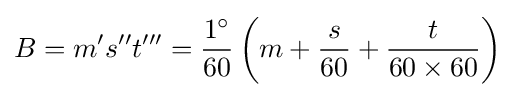
B=m^{\prime }s^{\prime \prime }t^{\prime \prime \prime }={\frac {1^{\circ }}{60}}\left(m+{\frac {s}{60}}+{\frac {t}{60\times 60}}\right)